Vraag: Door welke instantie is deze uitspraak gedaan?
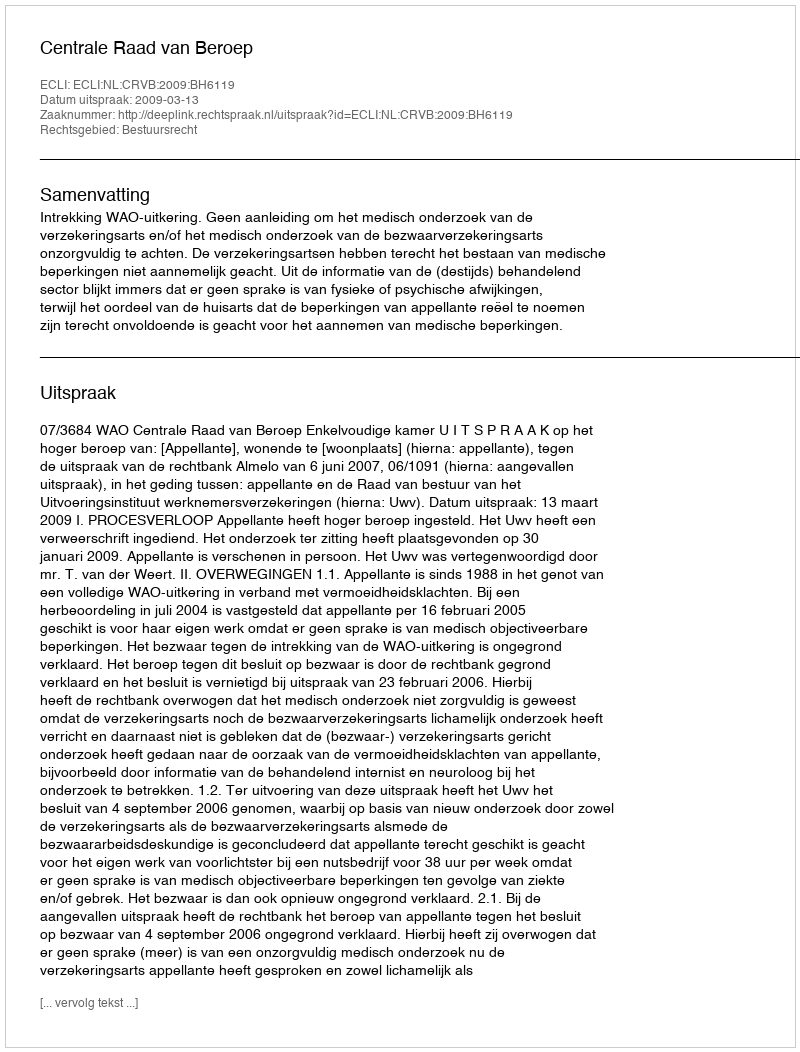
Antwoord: Centrale Raad van Beroep